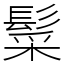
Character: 䰂